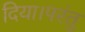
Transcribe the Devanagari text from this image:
दिया।परंतु